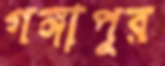
গঙ্গাপুর